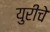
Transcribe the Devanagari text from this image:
युरीचे